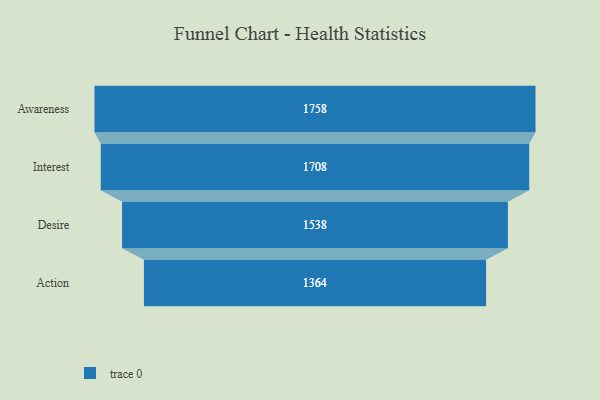
{"axis": {"x": "Stage", "y": "Value"}, "legend": [""], "data": [{"x": "Awareness", "y": 1758.0, "type": ""}, {"x": "Interest", "y": 1708.0, "type": ""}, {"x": "Desire", "y": 1538.0, "type": ""}, {"x": "Action", "y": 1364.0, "type": ""}]}